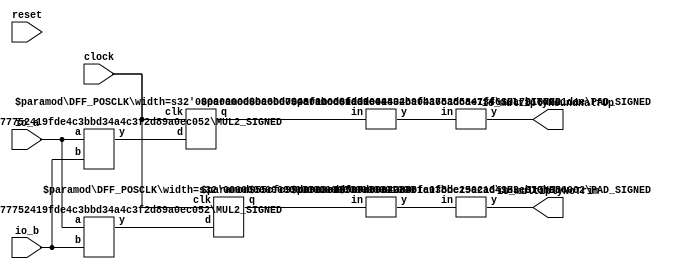
module TrimTypeCircuit(
    input clock,
    input reset,
    input [3:0] io_a,
    input [3:0] io_b,
    output [9:0] io_multiplyRoundHalfUp,
    output [19:0] io_multiplyNoTrim
);
    wire [7:0] _T_2;
    MUL2_SIGNED #(.width_a(4), .width_b(4)) s_mul2_1 (
        .y(_T_2),
        .a(io_a),
        .b(io_b)
    );
    wire [7:0] _regMultiplyRoundHalfUp__q;
    wire [7:0] _regMultiplyRoundHalfUp__d;
    DFF_POSCLK #(.width(8)) regMultiplyRoundHalfUp (
        .q(_regMultiplyRoundHalfUp__q),
        .d(_regMultiplyRoundHalfUp__d),
        .clk(clock)
    );
    wire [7:0] _T_4;
    MUL2_SIGNED #(.width_a(4), .width_b(4)) s_mul2_2 (
        .y(_T_4),
        .a(io_a),
        .b(io_b)
    );
    wire [7:0] _regMultiplyNoTrim__q;
    wire [7:0] _regMultiplyNoTrim__d;
    DFF_POSCLK #(.width(8)) regMultiplyNoTrim (
        .q(_regMultiplyNoTrim__q),
        .d(_regMultiplyNoTrim__d),
        .clk(clock)
    );
    wire [8:0] _node_0;
    SHL_SIGNED #(.width(8), .n(1)) s_shl_3 (
        .y(_node_0),
        .in(_regMultiplyRoundHalfUp__q)
    );
    wire [10:0] _node_1;
    SHL_SIGNED #(.width(8), .n(3)) s_shl_4 (
        .y(_node_1),
        .in(_regMultiplyNoTrim__q)
    );
    PAD_SIGNED #(.width(11), .n(20)) s_pad_5 (
        .y(io_multiplyNoTrim),
        .in(_node_1)
    );
    PAD_SIGNED #(.width(9), .n(10)) s_pad_6 (
        .y(io_multiplyRoundHalfUp),
        .in(_node_0)
    );
    assign _regMultiplyNoTrim__d = _T_4;
    assign _regMultiplyRoundHalfUp__d = _T_2;
endmodule //TrimTypeCircuit
module MUL2_SIGNED(y, a, b);
    parameter width_a = 4;
    parameter width_b = 4;
    output [width_a+width_b-1:0] y;
    input [width_a-1:0] a;
    input [width_b-1:0] b;
    assign y = $signed(a) * $signed(b);
endmodule // MUL2_SIGNED
module DFF_POSCLK(q, d, clk);
    parameter width = 4;
    output reg [width-1:0] q;
    input [width-1:0] d;
    input clk;
    always @(posedge clk) begin
        q <= d;
    end
endmodule // DFF_POSCLK
module SHL_SIGNED(y, in);
    parameter width = 4;
    parameter n = 4;
    output [width+n-1:0] y;
    input [width-1:0] in;
    wire [width+n-1:0] temp;
    assign temp = {{n{in[width-1]}}, in};
    assign y = $signed(temp) << n;
endmodule // SHL_SIGNED
module PAD_SIGNED(y, in);
    parameter width = 4;
    parameter n = 4;
    output [(n > width ? n : width)-1:0] y;
    input [width-1:0] in;
    assign y = n > width ? {{(n - width){in[width-1]}}, in} : in;
endmodule // PAD_SIGNED